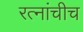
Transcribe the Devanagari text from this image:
रत्नांचीच